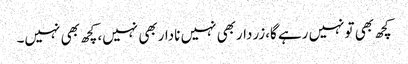
کچھ بھی تونہیں رہے گا،زرداربھی نہیں ناداربھی نہیں،کچھ بھی نہیں۔